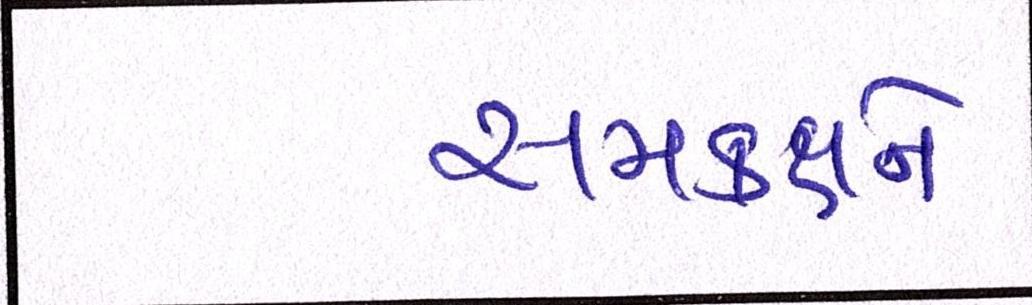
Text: સમકક્ષને